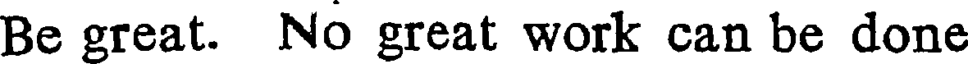
Be great. No great work can be done